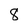
Character: 8